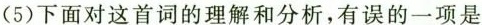
(5)下面对这首词的理解和分析，有误的一项是